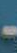
-